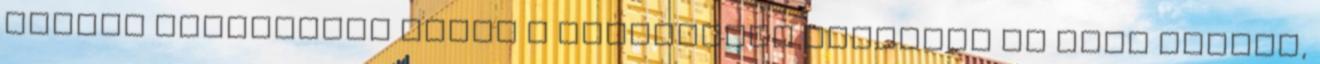
kisfiú CIVILHETES Ugrás a tartalomra Beszélni is alig tudott,